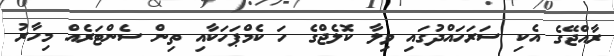
ރާއްޖޭގެ އެކި ސަރަހައްދުގައި ވިލާ ކޮލެޖްގެ ހަ ކެމްޕަހަކާއި ތިން ސެންޓަރެއް މިހާރު